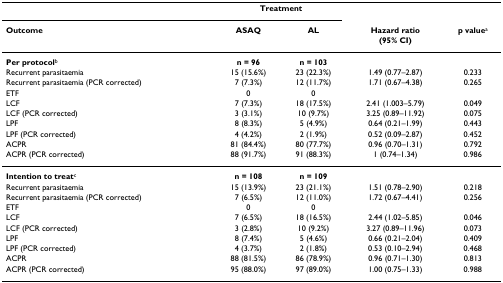
|  | <COLSPAN=2> Treatment |  |  |
 | Outcome | ASAQ | AL | Hazard ratio(95% CI) | p valuea |
 | --- | --- | --- | --- | --- |
 | Per protocolb | n = 96 | n = 103 |  |  |
 | Recurrent parasitaemia | 15 (15.6%) | 23 (22.3%) | 1.49 (0.77–2.87) | 0.233 |
 | Recurrent parasitaemia (PCR corrected) | 7 (7.3%) | 12 (11.7%) | 1.71 (0.67–4.38) | 0.265 |
 | ETF | 0 | 0 |  |  |
 | LCF | 7 (7.3%) | 18 (17.5%) | 2.41 (1.003–5.79) | 0.049 |
 | LCF (PCR corrected) | 3 (3.1%) | 10 (9.7%) | 3.25 (0.89–11.92) | 0.075 |
 | LPF | 8 (8.3%) | 5 (4.9%) | 0.64 (0.21–1.99) | 0.443 |
 | LPF (PCR corrected) | 4 (4.2%) | 2 (1.9%) | 0.52 (0.09–2.87) | 0.452 |
 | ACPR | 81 (84.4%) | 80 (77.7%) | 0.96 (0.70–1.31) | 0.792 |
 | ACPR (PCR corrected) | 88 (91.7%) | 91 (88.3%) | 1 (0.74–1.34) | 0.986 |
 | Intention to treatc | n = 108 | n = 109 |  |  |
 | Recurrent parasitaemia | 15 (13.9%) | 23 (21.1%) | 1.51 (0.78–2.90) | 0.218 |
 | Recurrent parasitaemia (PCR corrected) | 7 (6.5%) | 12 (11.0%) | 1.72 (0.67–4.41) | 0.256 |
 | ETF | 0 | 0 |  |  |
 | LCF | 7 (6.5%) | 18 (16.5%) | 2.44 (1.02–5.85) | 0.046 |
 | LCF (PCR corrected) | 3 (2.8%) | 10 (9.2%) | 3.27 (0.89–11.96) | 0.073 |
 | LPF | 8 (7.4%) | 5 (4.6%) | 0.66 (0.21–2.04) | 0.409 |
 | LPF (PCR corrected) | 4 (3.7%) | 2 (1.8%) | 0.53 (0.10–2.94) | 0.468 |
 | ACPR | 88 (81.5%) | 86 (78.9%) | 0.96 (0.71–1.30) | 0.813 |
 | ACPR (PCR corrected) | 95 (88.0%) | 97 (89.0%) | 1.00 (0.75–1.33) | 0.988 |